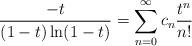
LaTeX: \begin{align*}\frac{-t}{(1-t)\ln(1-t)}=\sum_{n=0}^\infty c_n\frac{t^n}{n!}\end{align*}